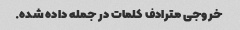
خروجی مترادف کلمات در جمله داده شده.